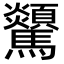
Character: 𩧔